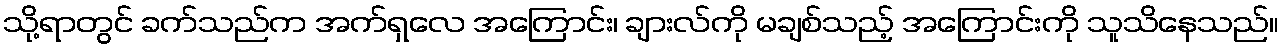
သို့ရာတွင် ခက်သည်က အက်ရှလေ အကြောင်း၊ ချားလ်ကို မချစ်သည့် အကြောင်းကို သူသိနေသည်။